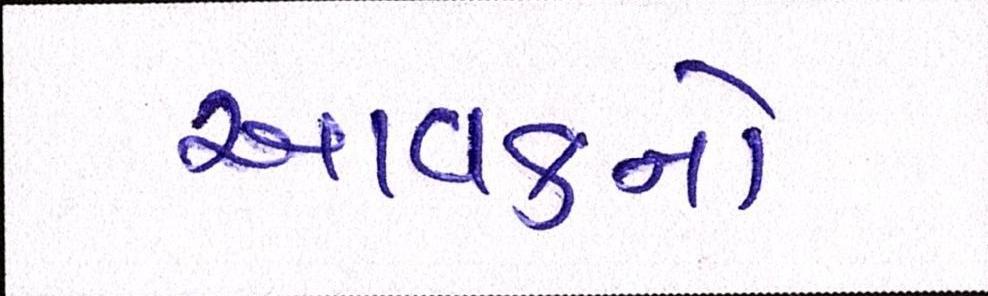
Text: આવકનો